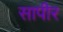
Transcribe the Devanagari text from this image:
सापीर